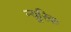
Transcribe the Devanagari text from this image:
न्यूरिक